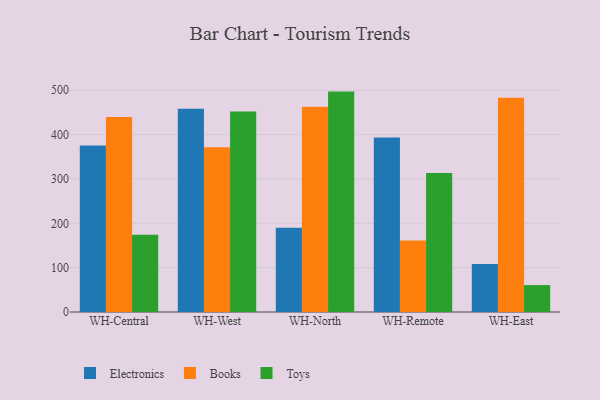
{"axis": {"x": "Warehouse", "y": "Budget (USD K)"}, "legend": ["Books", "Electronics", "Toys"], "data": [{"x": "WH-Central", "y": 375.6, "type": "Electronics"}, {"x": "WH-Central", "y": 439.7, "type": "Books"}, {"x": "WH-Central", "y": 174.1, "type": "Toys"}, {"x": "WH-West", "y": 458.4, "type": "Electronics"}, {"x": "WH-West", "y": 371.3, "type": "Books"}, {"x": "WH-West", "y": 451.9, "type": "Toys"}, {"x": "WH-North", "y": 190.1, "type": "Electronics"}, {"x": "WH-North", "y": 463.1, "type": "Books"}, {"x": "WH-North", "y": 497.0, "type": "Toys"}, {"x": "WH-Remote", "y": 393.6, "type": "Electronics"}, {"x": "WH-Remote", "y": 161.1, "type": "Books"}, {"x": "WH-Remote", "y": 313.4, "type": "Toys"}, {"x": "WH-East", "y": 108.1, "type": "Electronics"}, {"x": "WH-East", "y": 483.0, "type": "Books"}, {"x": "WH-East", "y": 60.7, "type": "Toys"}]}